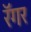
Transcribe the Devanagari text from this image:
रॅगर